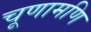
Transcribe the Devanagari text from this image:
चूणामणि